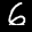
Label: 6